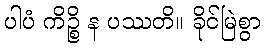
ပါပံ ကိဉ္စိ န ပဿတိ။ ခိုင်မြဲစွာ